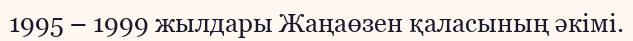
1995 – 1999 жылдары Жаңаөзен қаласының әкімі.